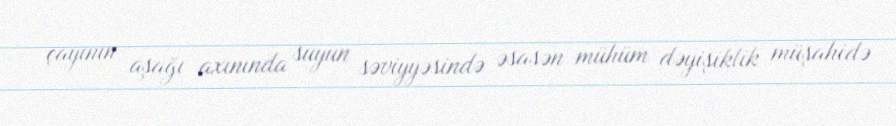
çayının aşağı axınında suyun səviyyəsində əsasən mühüm dəyişiklik müşahidə